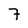
Character: 7